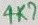
Text: 4K7